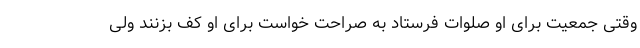
وقتی جمعیت برای او صلوات فرستاد به صراحت خواست برای او کف بزنند ولی